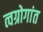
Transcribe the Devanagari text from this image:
त्वग्रोगांत